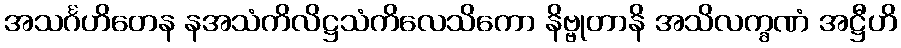
အသင်္ဂဟိတေန နအသံကိလိဋ္ဌသံကိလေသိကော နိဗ္ဗုတာနိ အသိလက္ခဏံ အဋ္ဌီဟိ